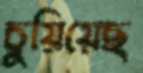
চুয়িয়েছ